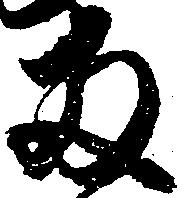
両